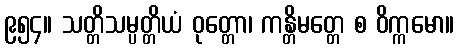
၉၅၄။ သတ္တိသမ္ပတ္တိယံ ဝုတ္တော၊ ကန္တိမတ္တေ စ ဝိက္ကမော။